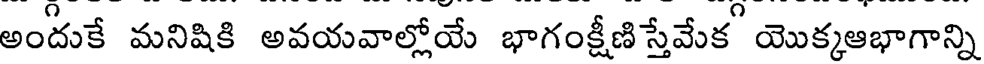
అందుకే మనిషికి అవయవాల్లోయే భాగంక్షీణిస్తేమేక యొక్కఆభాగాన్ని